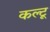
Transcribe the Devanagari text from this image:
कल्टू